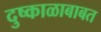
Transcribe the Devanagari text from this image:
दुष्काळाबाबत